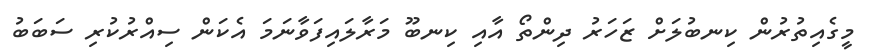
މީގެއިތުރުން ކިނބުލަށް ޒަހަރު ދިންތޯ އާއި ކިނބޫ މަރާލައިފަވާނަަމަ އެކަން ސިއްރުކުރި ސަބަބު